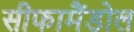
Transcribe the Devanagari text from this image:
सीफामैंडोल